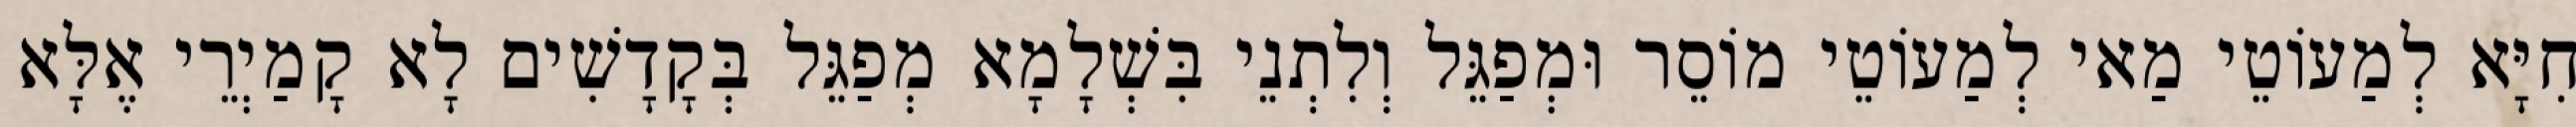
חִיָּא לְמַעוֹטֵי מַאי לְמַעוֹטֵי מוֹסֵר וּמְפַגֵּל וְלִתְנֵי בִּשְׁלָמָא מְפַגֵּל בְּקָדָשִׁים לָא קָמַיְרֵי אֶלָּא